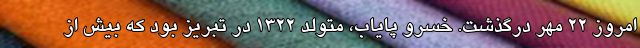
امروز ۲۲ مهر درگذشت. خسرو پایاب، متولد ۱۳۲۲ در تبریز بود که بیش از